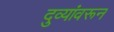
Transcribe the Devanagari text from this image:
दुव्यांवरून